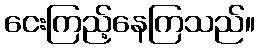
ငေးကြည့်နေကြသည်။